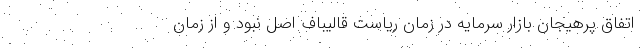
اتفاق پرهیجان بازار سرمایه در زمان ریاست قالیباف اصل نبود و از زمان